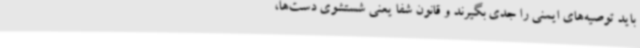
باید توصیه‌های ایمنی را جدی بگیرند و قانون شفا یعنی شستشوی دست‌ها،